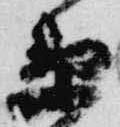
衛